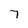
Character: 7